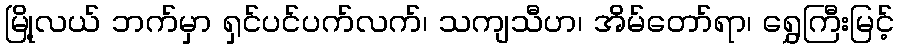
မြို့လယ် ဘက်မှာ ရှင်ပင်ပက်လက်၊ သကျသီဟ၊ အိမ်တော်ရာ၊ ရွှေကြီးမြင့်